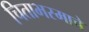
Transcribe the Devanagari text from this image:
चिताभस्माचे